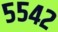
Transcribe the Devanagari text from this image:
५५४२